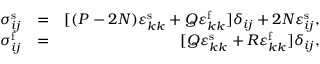
\begin{array} { r l r } { \sigma _ { i j } ^ { \mathrm { s } } } & { = } & { [ ( P - 2 N ) \varepsilon _ { k k } ^ { \mathrm { s } } + Q \varepsilon _ { k k } ^ { \mathrm { f } } ] \delta _ { i j } + 2 N \varepsilon _ { i j } ^ { \mathrm { s } } , } \\ { \sigma _ { i j } ^ { \mathrm { f } } } & { = } & { [ Q \varepsilon _ { k k } ^ { \mathrm { s } } + R \varepsilon _ { k k } ^ { \mathrm { f } } ] \delta _ { i j } , } \end{array}